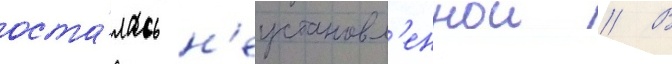
оста́лась н'еустановл'еннои // В